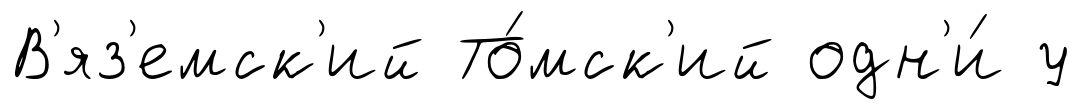
В'яз'емск'ий То́мск'ий одн'и́ у